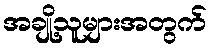
အချို့သူများအတွက်